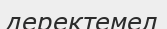
деректемел